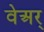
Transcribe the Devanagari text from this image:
वेअर्